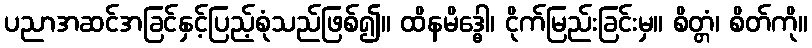
ပညာအဆင်အခြင်နှင့်ပြည့်စုံသည်ဖြစ်၍။ ထိနမိဒ္ဓေါ၊ ငိုက်မြည်းခြင်းမှ။ စိတ္တံ၊ စိတ်ကို။